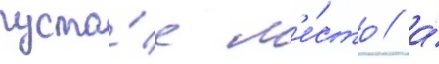
пусто́е м'е́сто / а́